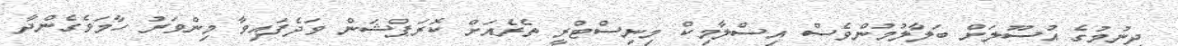
ދިނުމުގެ އުސޫލަށް ބަލާލުމުންވެސް އިސްލާމިކް މިނިސްޓްރީ ތެރެއަށް ކޮރަޕްޝަން ވަދެފައިވާ މިންވަރު ހާމަވެގެންދާ